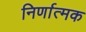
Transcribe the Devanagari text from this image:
निर्णात्मक